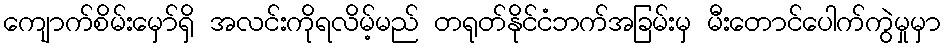
ကျောက်စိမ်းမှော်ရှိ အလင်းကိုရလိမ့်မည် တရုတ်နိုင်ငံဘက်အခြမ်းမှ မီးတောင်ပေါက်ကွဲမှုမှာ